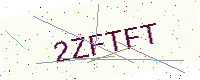
Text: 2ZFTFT